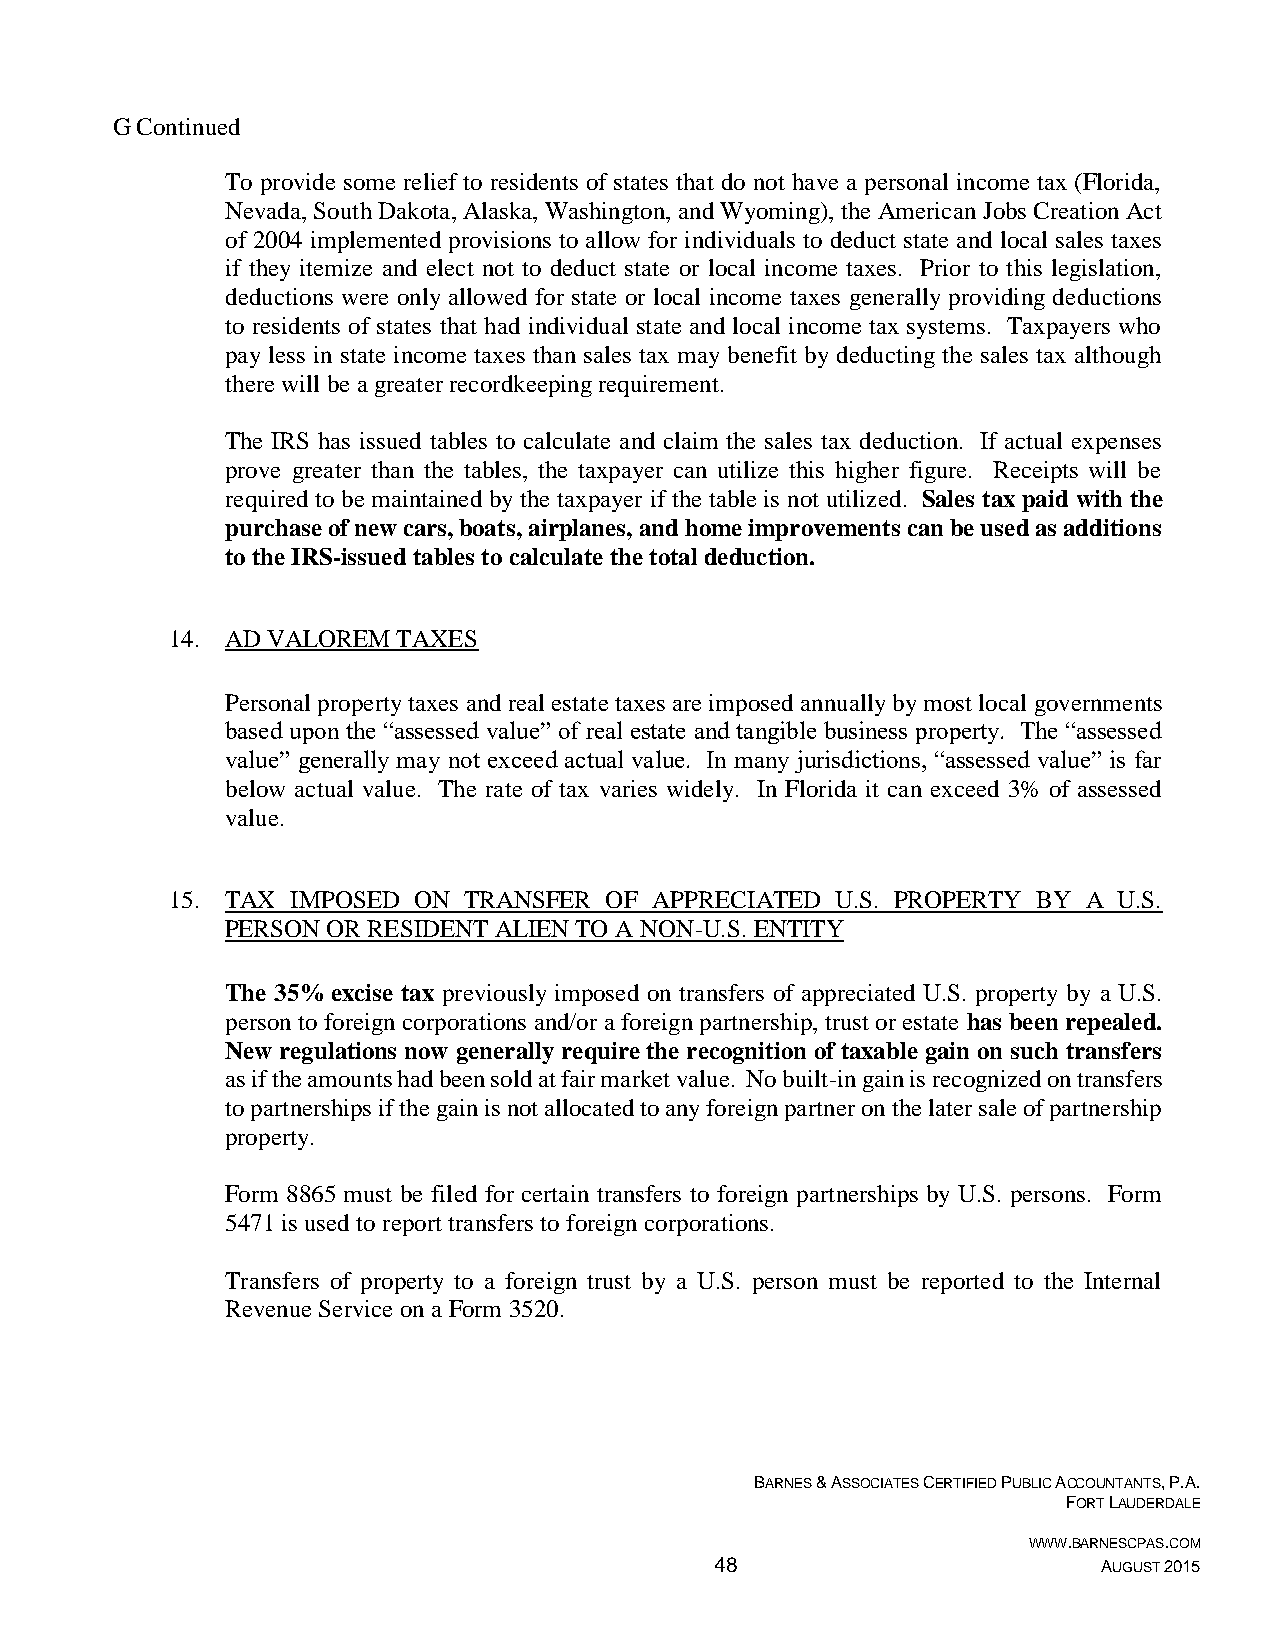
G Continued
 To provide some relief to residents of states that do not have a personal income tax (Florida,
 Nevada, South Dakota, Alaska, Washington, and Wyoming), the American Jobs Creation Act
 of 2004 implemented provisions to allow for individuals to deduct state and local sales taxes
 if they itemize and elect not to deduct state or local income taxes. Prior to this legislation,
 deductions were only allowed for state or local income taxes generally providing deductions
 to residents of states that had individual state and local income tax systems. Taxpayers who
 pay less in state income taxes than sales tax may benefit by deducting the sales tax although
 there will be a greater recordkeeping requirement.
 The IRS has issued tables to calculate and claim the sales tax deduction. If actual expenses
 prove greater than the tables, the taxpayer can utilize this higher figure. Receipts will be
 required to be maintained by the taxpayer if the table is not utilized. Sales tax paid with the
 purchase of new cars, boats, airplanes, and home improvements can be used as additions
 to the IRS-issued tables to calculate the total deduction.
 14. AD VALOREM TAXES
 Personal property taxes and real estate taxes are imposed annually by most local governments
 based upon the “assessed value” of real estate and tangible business property. The “assessed
 value” generally may not exceed actual value. In many jurisdictions, “assessed value” is far
 below actual value. The rate of tax varies widely. In Florida it can exceed 3% of assessed
 value.
 15. TAX IMPOSED ON  TRANSFER OF APPRECIATED U.S. PROPERTY BY A U.S.
 PERSON OR RESIDENT ALIEN TO A NON-U.S. ENTITY
 The 35% excise tax previously imposed on transfers of appreciated U.S. property by a U.S.
 person to foreign corporations and/or a foreign partnership, trust or estate has been repealed.
 New regulations now generally require the recognition of taxable gain on such transfers
 as if the amounts had been sold at fair market value. No built-in gain is recognized on transfers
 to partnerships if the gain is not allocated to any foreign partner on the later sale of partnership
 property.
 Form 8865 must be filed for certain transfers to foreign partnerships by U.S. persons. Form
 5471 is used to report transfers to foreign corporations.
 Transfers of property to a foreign trust by a U.S. person must be reported to the Internal
 Revenue Service on a Form 3520.
 BARNES & ASSOCIATES CERTIFIED PUBLIC ACCOUNTANTS, P.A.
 FORT LAUDERDALE
 WWW.BARNESCPAS.COM
 48                        AUGUST 2015